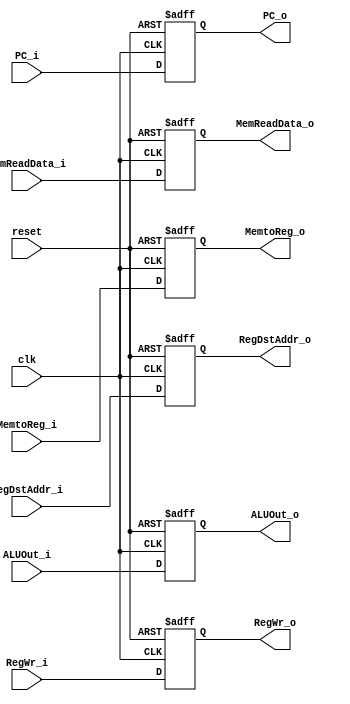
`timescale 1ns / 1ps
//////////////////////////////////////////////////////////////////////////////////
// Company: 
// Engineer: 
// 
// Design Name: 
// Module Name: MEM_WB
// Project Name: 
// Target Devices: 
// Tool Versions: 
// Description: 
// 
// Dependencies: 
// 
// Revision:
// Revision 0.01 - File Created
// Additional Comments:
// 
//////////////////////////////////////////////////////////////////////////////////


module MEM_WB(
//input
        input clk,  
        input reset,             
        //ControlSignals
        input RegWr_i,           
        input [2 -1:0] MemtoReg_i,     
        //ALUData&RegDst&MemWriteData
        input [32 -1:0] ALUOut_i,   
        input [32 -1:0] MemReadData_i,      
        input [5 -1:0] RegDstAddr_i,    
        input [32 -1:0] PC_i,            
//output
        output reg RegWr_o,            
        output reg [2 -1:0] MemtoReg_o,    
        output reg [32 -1:0] ALUOut_o,         
        output reg [32 -1:0] MemReadData_o,      
        output reg [5 -1:0] RegDstAddr_o,     
        output reg [32 -1:0] PC_o              //for jal
    );
    
    always @(posedge reset or posedge clk) begin
            if(reset) begin
                RegWr_o <= 1'b0;
                MemtoReg_o <= 2'b00;
                ALUOut_o <= 32'h00000000;
                MemReadData_o <= 32'h00000000;
                RegDstAddr_o <= 5'b00000;
                PC_o <= 32'h00000000;
            end
            else begin
                RegWr_o <= RegWr_i;
                MemtoReg_o <= MemtoReg_i;
                ALUOut_o <= ALUOut_i;
                MemReadData_o <= MemReadData_i;
                RegDstAddr_o <= RegDstAddr_i;
                PC_o <= PC_i;
            end
        end
endmodule